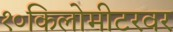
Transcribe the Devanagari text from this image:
१०किलोमीटरवर